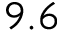
9 . 6